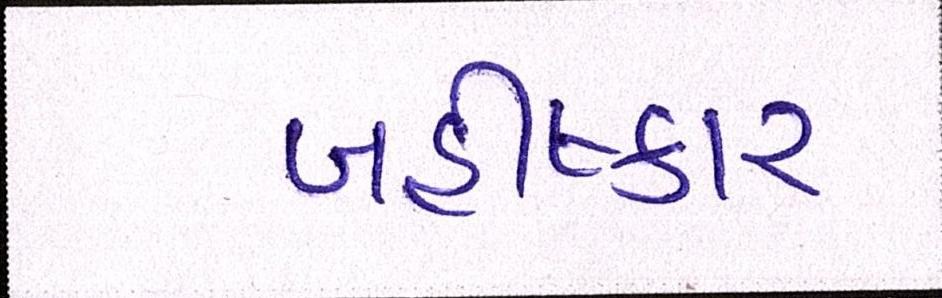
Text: બહીષ્કાર